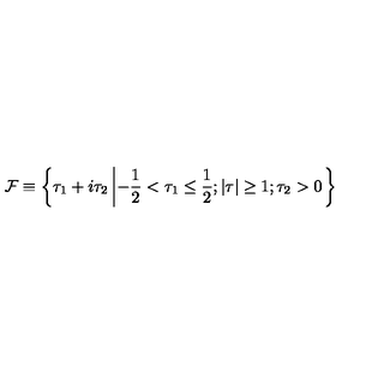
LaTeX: { \cal F } \equiv \left\{ \tau _ { 1 } + i \tau _ { 2 } \left| - \frac { 1 } { 2 } < \tau _ { 1 } \leq \frac { 1 } { 2 } ; \vert \tau \vert \geq 1 ; \tau _ { 2 } > 0 \right. \right\}